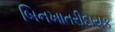
બિનખાતરીદાયક